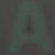
A